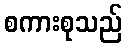
စကားစုသည်